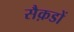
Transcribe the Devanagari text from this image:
सैक़डों